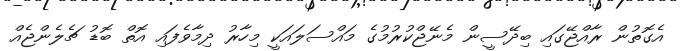
އެގޮތުން ރާއްޖޭގައި ބިދޭސީން މެނޭޖްކުރުމުގެ މައްސަލައަކީ މިހާރު ދިމާވެފައި އޮތް ބޮޑު ޗެލެންޖެއް